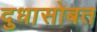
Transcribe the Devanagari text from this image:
दुधासोबत